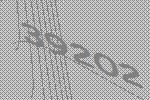
39202